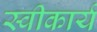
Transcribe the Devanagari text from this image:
स्‍वीकार्य